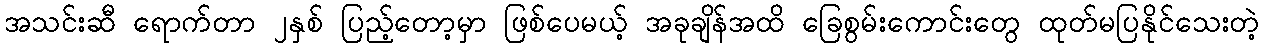
အသင်းဆီ ရောက်တာ ၂နှစ် ပြည့်တော့မှာ ဖြစ်ပေမယ့် အခုချိန်အထိ ခြေစွမ်းကောင်းတွေ ထုတ်မပြနိုင်သေးတဲ့